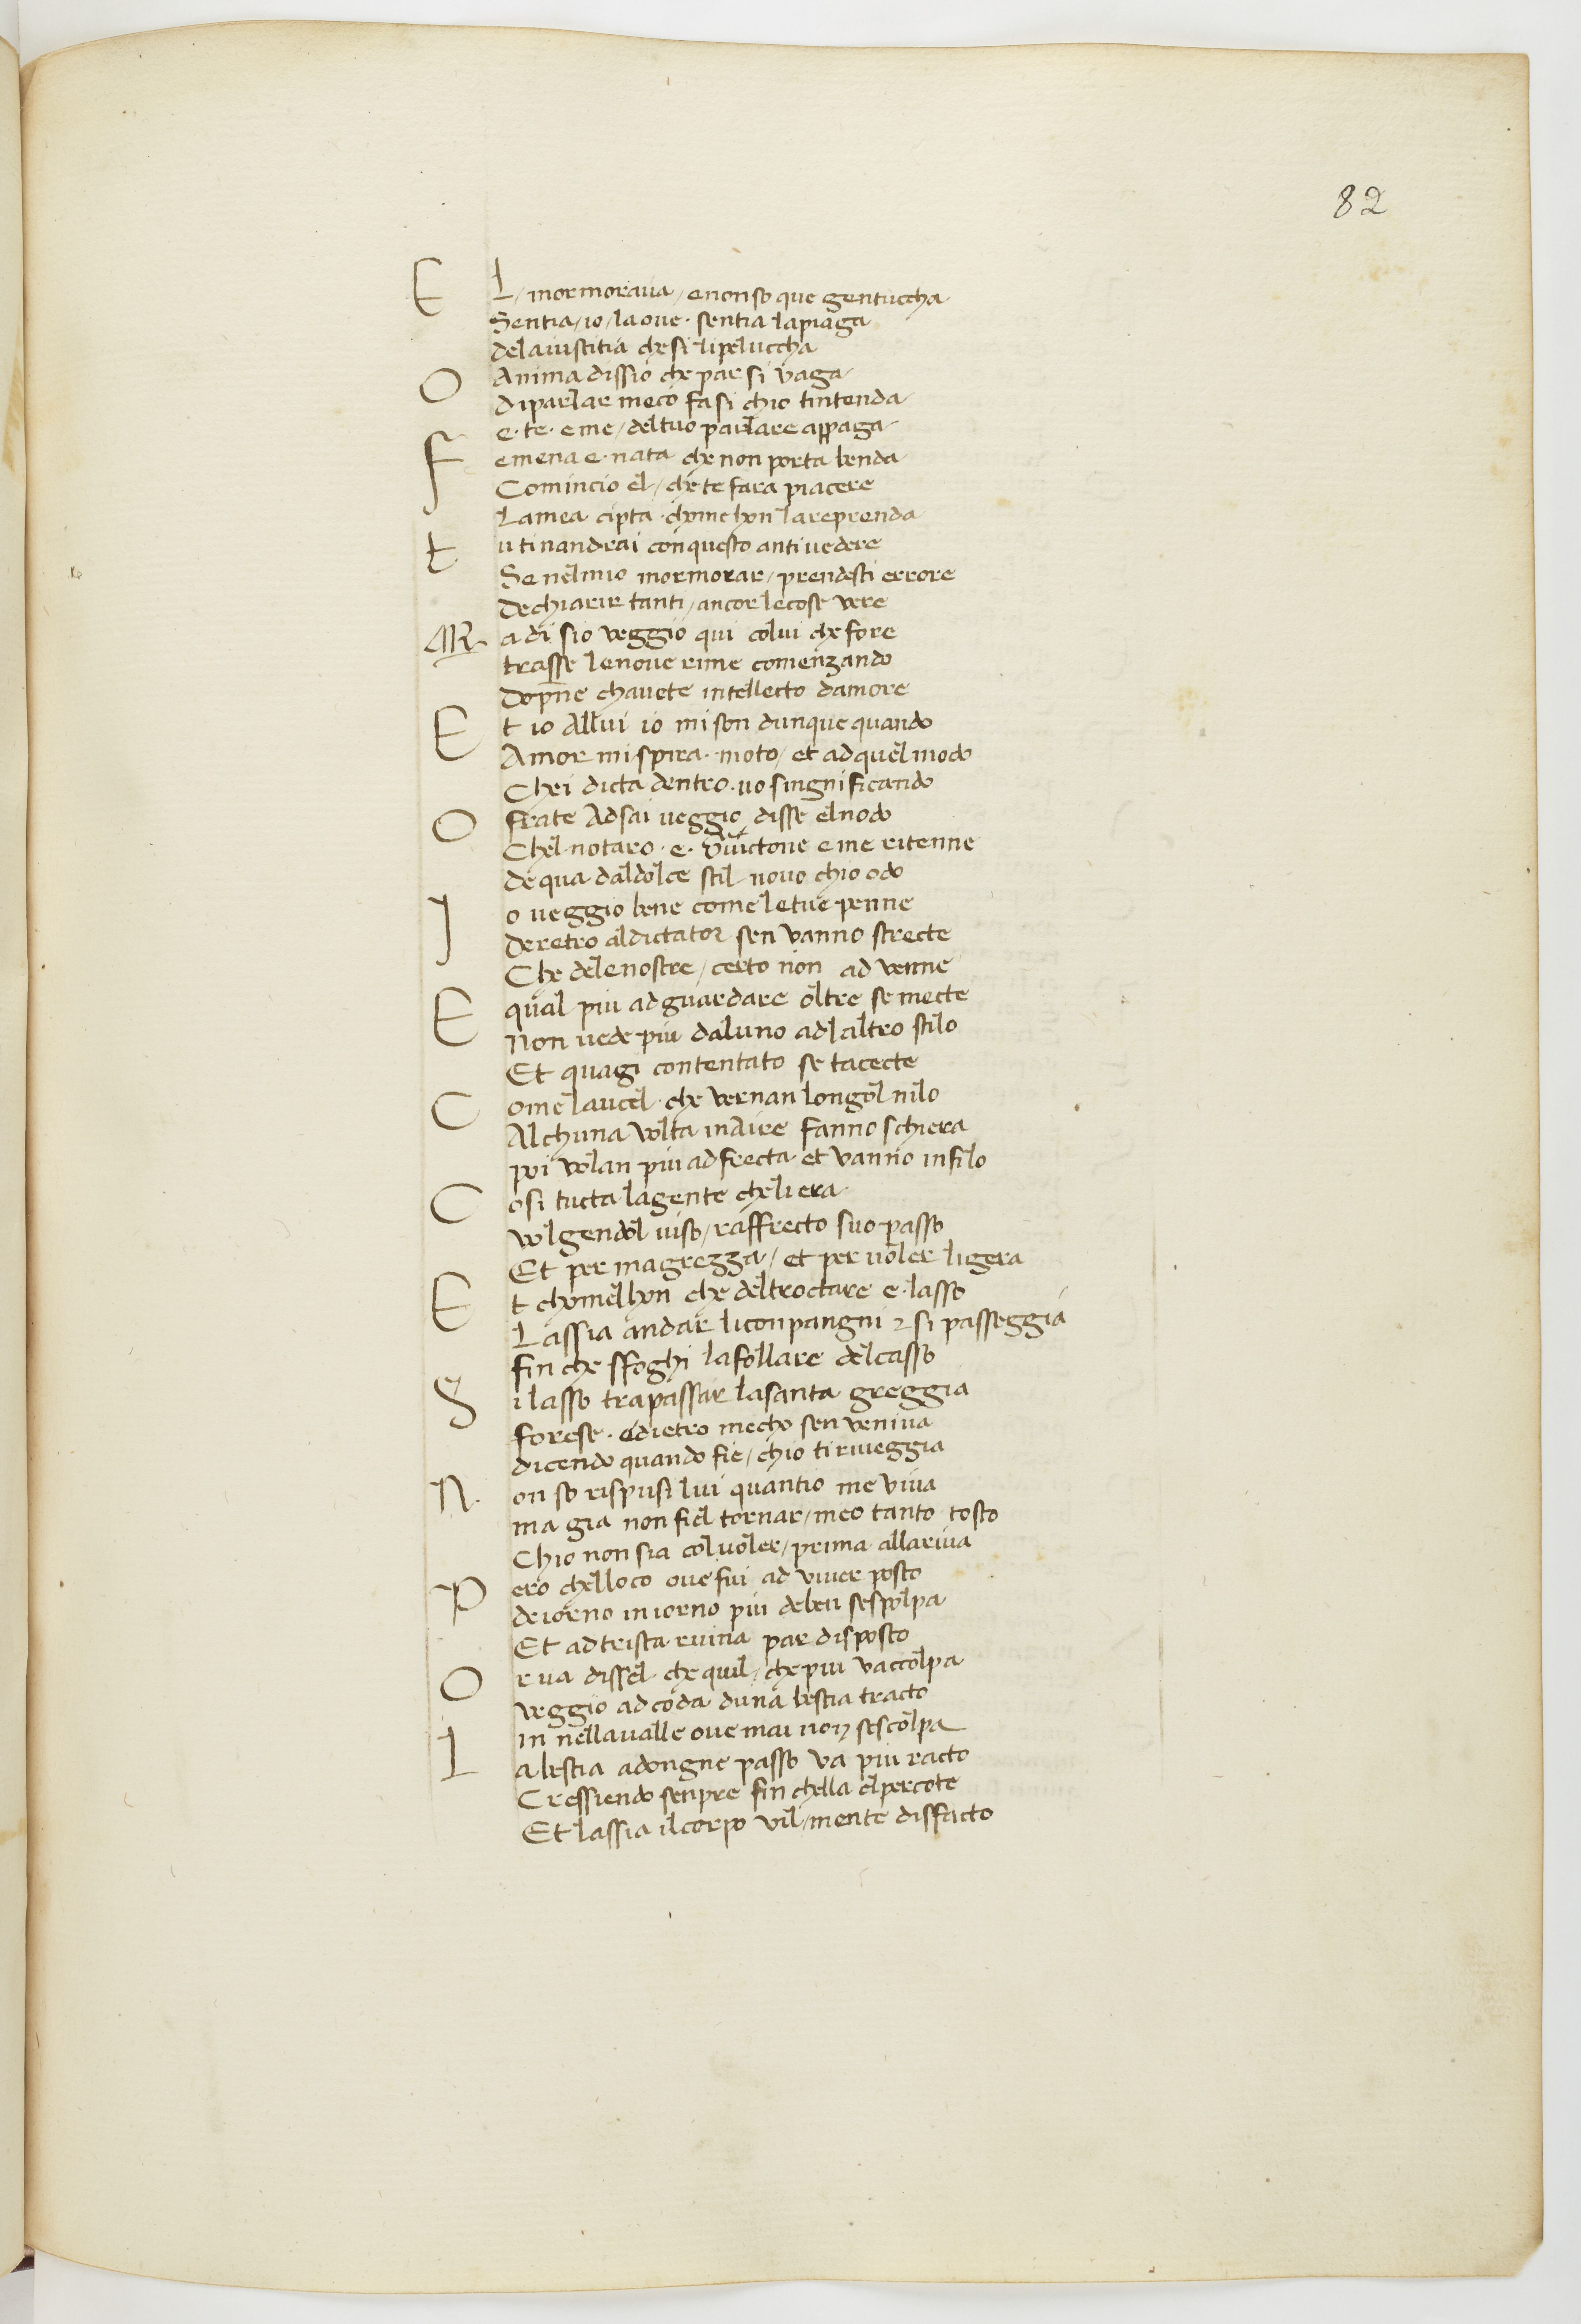
Shelfmark: Paris, BnF, ita. 70
Century: 15